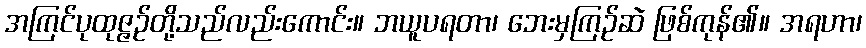
အကြင်ပုထုဇ္ဇဉ်တို့သည်လည်းကောင်း။ ဘယူပရတာ၊ ဘေးမှကြဉ်ဆဲ ဖြစ်ကုန်၏။ အရဟာ၊